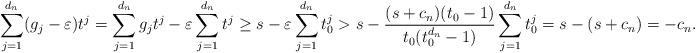
LaTeX: \begin{align*} \sum_{j=1}^{d_n} (g_j-\varepsilon)t^j = \sum_{j=1}^{d_n} g_j t^j - \varepsilon \sum_{j=1}^{d_n} t^j \ge s -\varepsilon \sum_{j=1}^{d_n} t_0^j > s- \frac{(s+c_n)(t_0-1)}{t_0(t_0^{d_n}-1)}\sum_{j=1}^{d_n} t_0^j = s- (s+c_n) = -c_n. \end{align*}